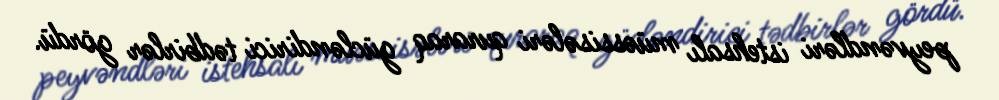
peyvəndləri istehsalı müəssisələri quraraq gücləndirici tədbirlər gördü.